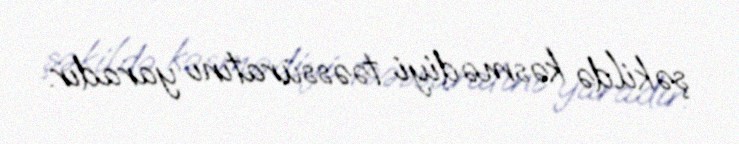
şəkildə kəsmədiyi təəssüratını yaradır.